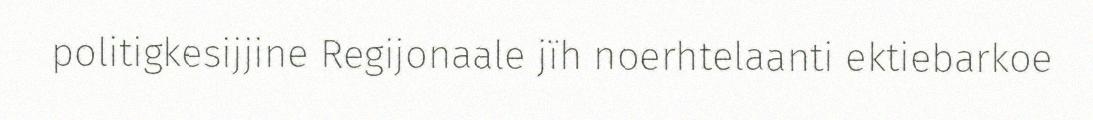
politigkesijjine Regijonaale jïh noerhtelaanti ektiebarkoe